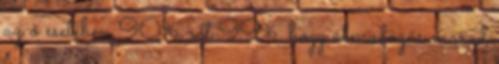
az ő esetében 90%, sőt 99%, hogy álmodozás marad